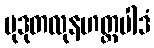
မုဒုတလုနဟတ္ထပါဒံ